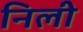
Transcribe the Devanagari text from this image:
निली